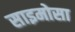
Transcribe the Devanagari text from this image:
साइमोसा